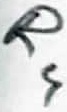
Text: R4